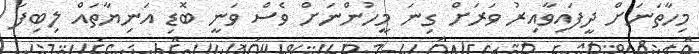
މިހާތަނަށް ދީފައިވާއިރު ވަރަށް ގިނަ މީހުންނަށް ވެސް ވަނީ ބޮޑި އަނިޔާތައް ލިބިފަ